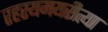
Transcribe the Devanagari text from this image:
रहस्यमयरीत्या